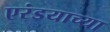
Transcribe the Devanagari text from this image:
एरंडयाच्या